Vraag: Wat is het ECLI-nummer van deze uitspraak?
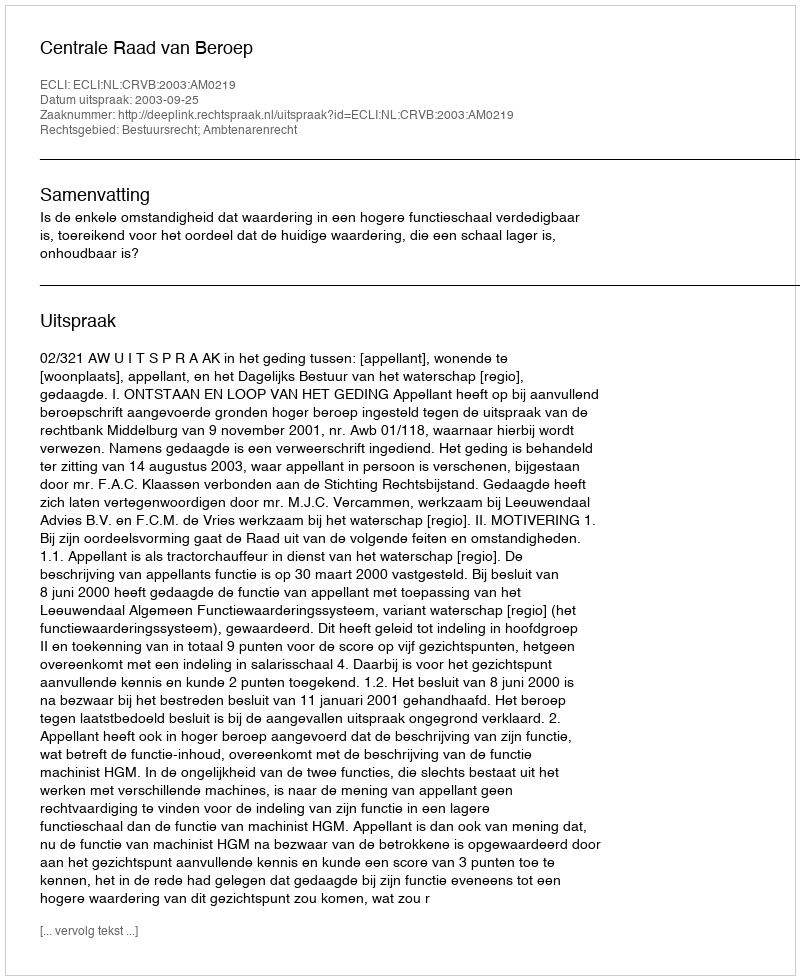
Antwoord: ECLI:NL:CRVB:2003:AM0219